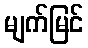
မျက်မြင်